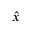
\hat { x }